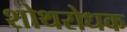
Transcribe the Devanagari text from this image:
शोथरोधक